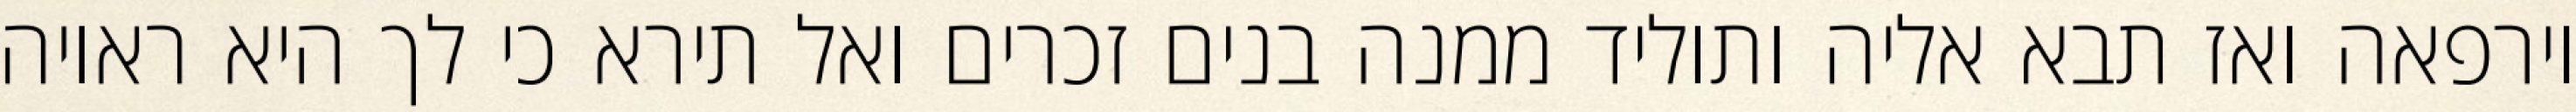
וירפאה ואז תבא אליה ותוליד ממנה בנים זכרים ואל תירא כי לך היא ראויה